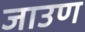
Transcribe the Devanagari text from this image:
जाउण